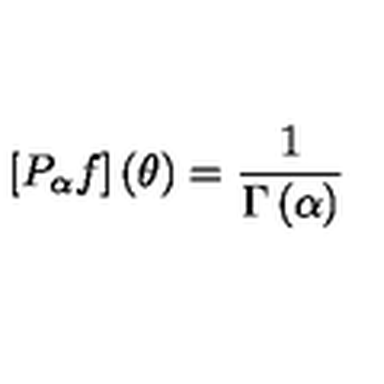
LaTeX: [ P _ { \alpha } f ] \left( \theta \right) = \frac { 1 } { \Gamma \left( \alpha \right) }